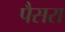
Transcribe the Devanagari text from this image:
पैसरा